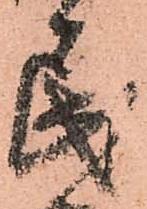
民